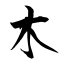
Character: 木